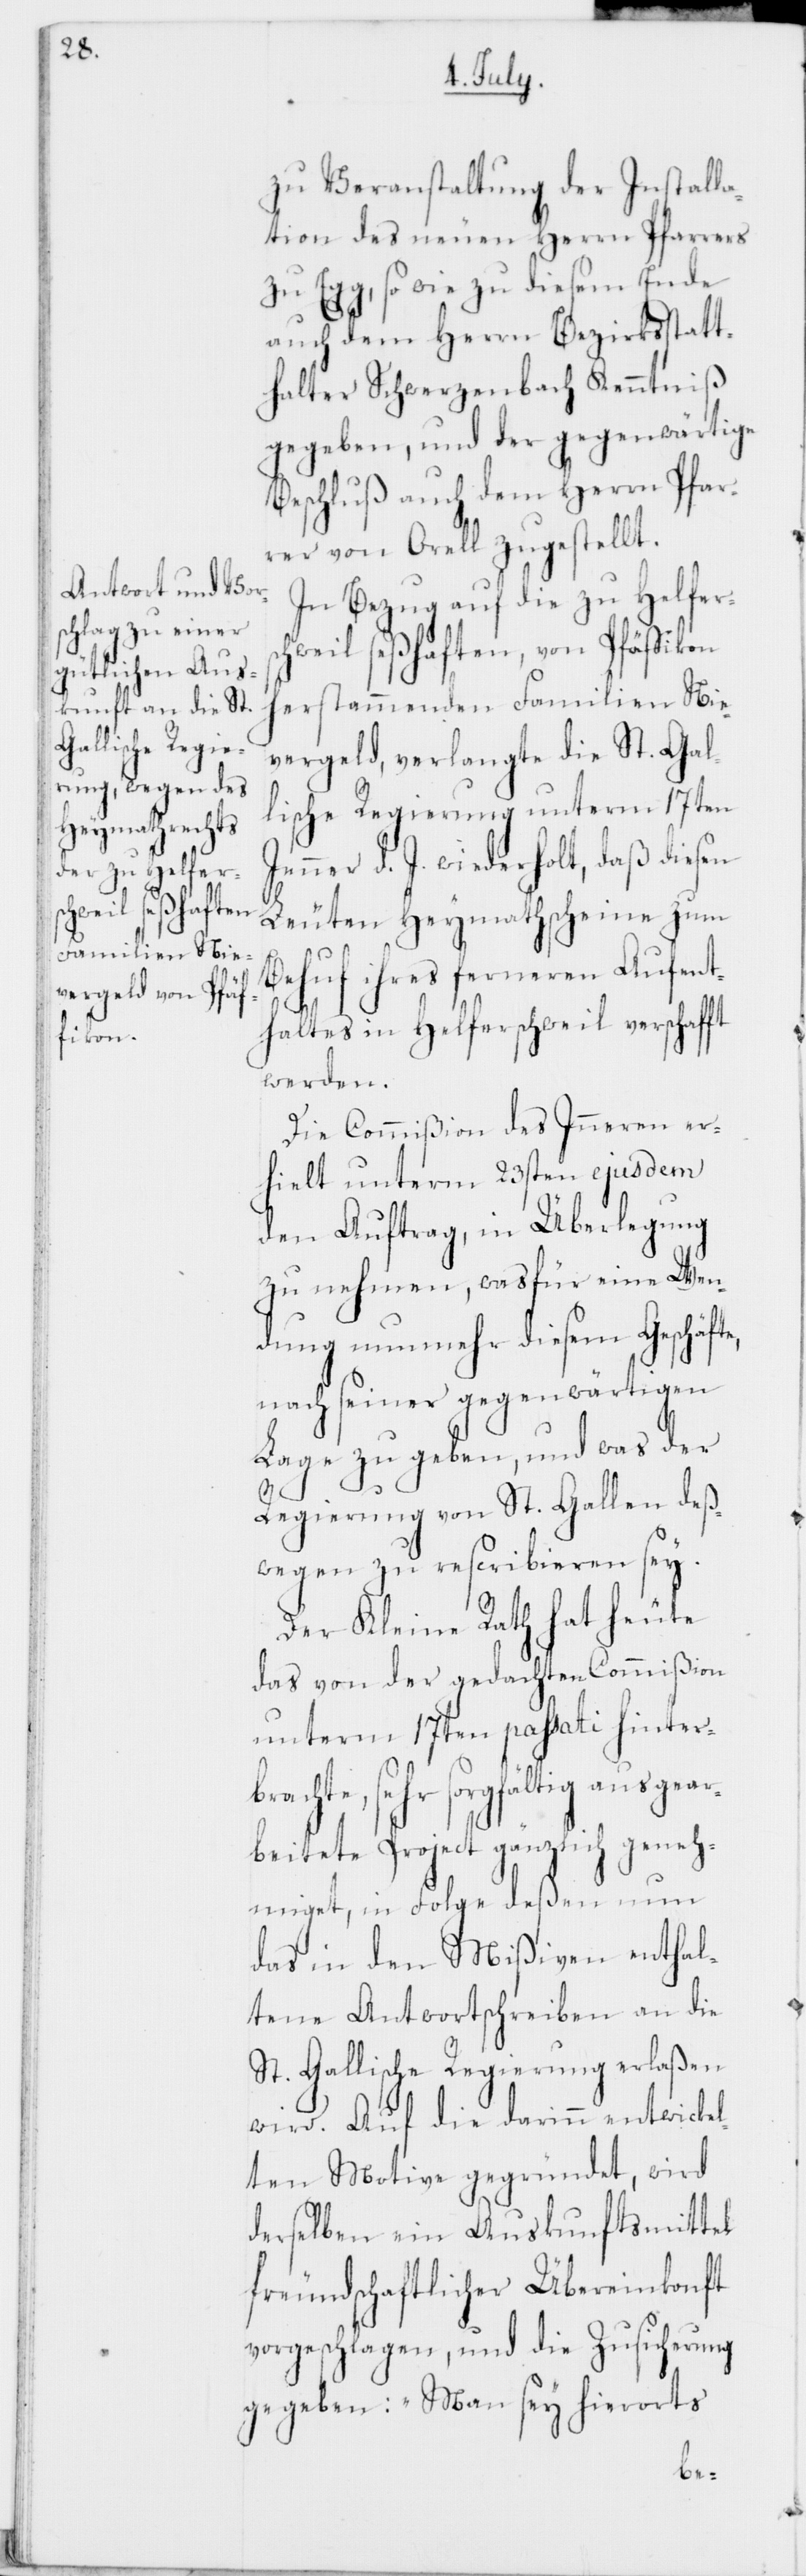
zu Veranstaltung der Installa¬
tion des neuen Herrn Pfarrers
zu Egg, so wie zu diesem Ende
auch dem Herrn Bezirksstatt¬
halter Schwerzenbach Kenntniß
gegeben, und der gegenwärtige
Beschluß auch dem Herrn Pfar¬
rer von Orell zugestellt.
In Bezug auf die zu Helfers¬
chweil seßhaften, von Pfäffikon
herstammenden Familien Nie¬
vergeld, verlangte die St. Gal¬
lische Regierung unterm 17ten
Jenner d. J. wiederholt, daß diesen
Leuten Heymathscheine zum
Behuf ihres ferneren Aufent¬
haltes in Helferschweil verschafft
werden.
Die Commißion des Inneren er¬
hielt unterm 23sten ejusdem
den Auftrag, in Überlegung
zu nehmen, was für eine Wen¬
dung nunmehr diesem Geschäft¬
nach seiner gegenwärtigen
Lage zu geben, und was der
Regierung von St. Gallen deß¬
wegen zu rescribieren sey.
Der Kleine Rath hat heute
das von der gedachten Commißion
unterm 17ten passati hinterb¬
rachte, sehr sorgfältig ausgear¬
beitete Project gänzlich geneh¬
miget, in Folge deßen nun
das in den Mißiven enthal¬
tene Antwortschreiben an die
St. Gallische Regierung erlaßen
wird. Auf die darinn entwickel¬
ten Motive gegründet, wird
derselben ein Auskunftsmittel
freundschaftlicher Übereinkonft
vorgeschlagen, und die Zusicherung
gegeben: „Man sey hierorts
e,